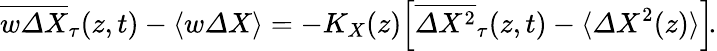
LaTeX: \overline{{w{\mit\Delta}X}}_{\tau}(z,t)-\langle w{\mit\Delta}X\rangle=-K_{X}(z)\! \left[\overline{{{\mit\Delta}X^{2}}}_{\tau}(z,t)-\langle{\mit\Delta}X^{2}(z)\rangle\right]\! .